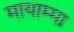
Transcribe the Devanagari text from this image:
मायाम्मा